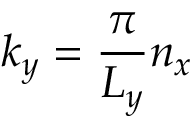
k _ { y } = \frac { \pi } { L _ { y } } n _ { x }